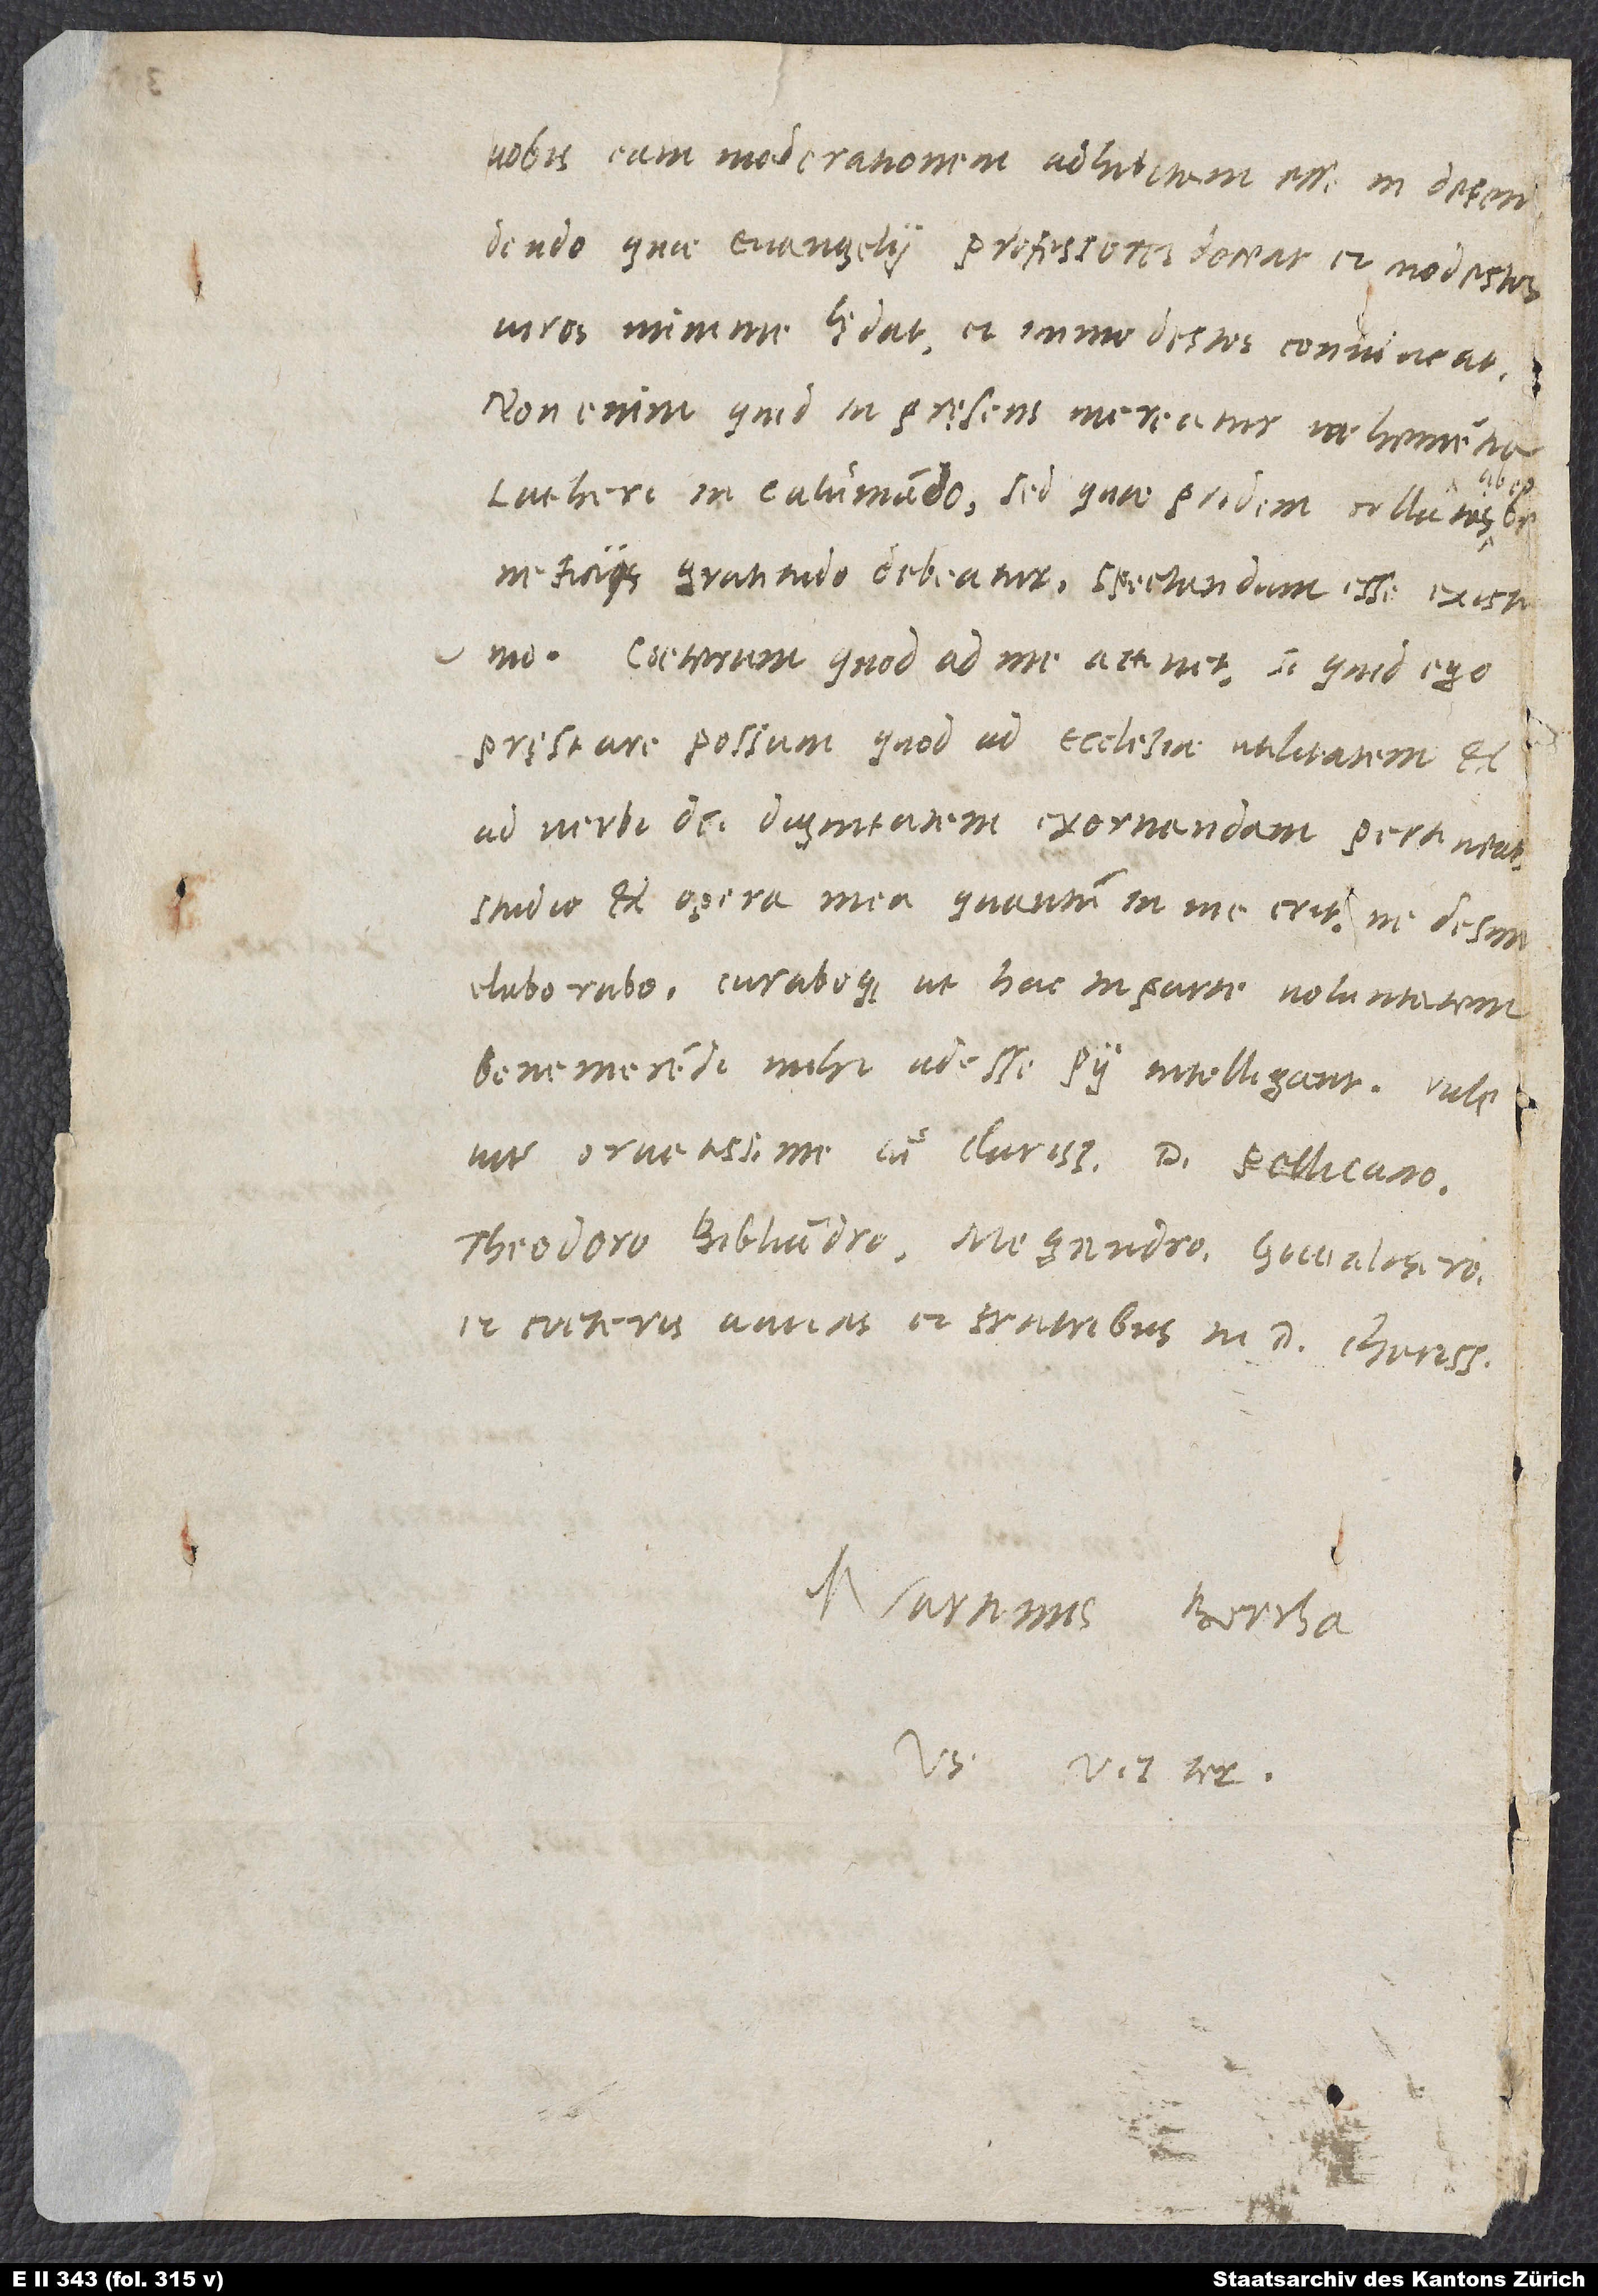
vobis eam moderationem adhibitam esse in defendendo,
quae evangelii professores deceat et modestos
viros minime lędat et immodestos convincat.
Non enim, quid in pręsens mereatur vehementia
Lutheri in calumniando, sed quae pridem collatis ab
beneficiis gratitudo debeatur, spectandum esse existimo.
Caeterum, quod ad me attinet, si quid ego
pręstare possum, quod ad ecclesiae utilitatem et
ad verbi dei dignitatem exornandam pertineat,
studio et opera mea, quantum in me erit, ne desim,
elaborabo curaboque, ut hac in parte voluntatem
benemerendi mihi adesse pii intelligant. Vale,
vir ornatissime, cum clarissimis d. Pellicano,
Theodoro Bibliandro, Megandro, Gwalthero
et caeteris amicis et fratribus in domino charissimis.
Martinus Borrhaus